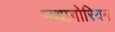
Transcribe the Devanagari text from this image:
प्य्थागोरियन